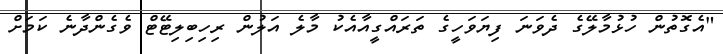
"އެގޮތުން ހުޅުމާލޭގެ ދެވަނަ ފިޔަވަހީގެ ތަރައްގީއާއެކު މާލެ އަލުން ރިހިބިލިޓޭޓް ވެގެންދާނެ ކަމަށް